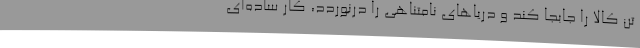
تن کالا را جابجا کند و دریاهای نامتناهی را دَرنَوردَد، کار ساده‌ای